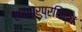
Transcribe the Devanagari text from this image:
शहापूरप्रसिद्ध